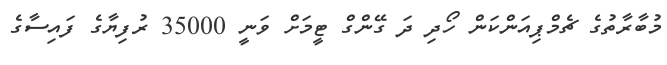
މުބާރާތުގެ ޗެމްޕިއަންކަން ހޯދި ދަ ގޭންގް ޓީމަށް ވަނީ 35000 ރުފިޔާގެ ފައިސާގެ